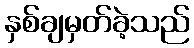
နှစ်ချမှတ်ခဲ့သည်